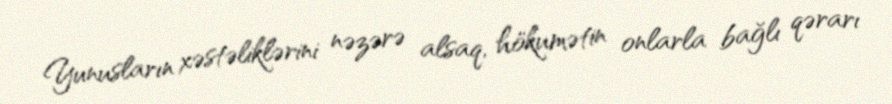
Yunusların xəstəliklərini nəzərə alsaq, hökumətin onlarla bağlı qərarı